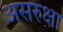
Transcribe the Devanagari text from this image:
असरुक्षा